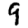
Digit: 9